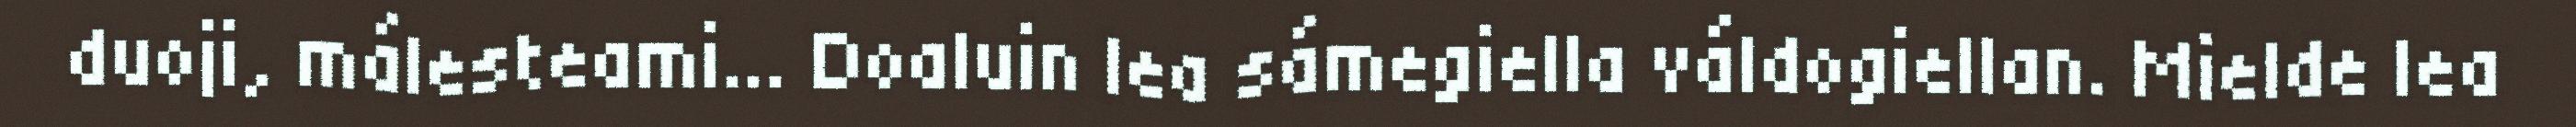
duoji, málesteami... Doaluin lea sámegiella váldogiellan. Mielde lea